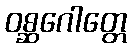
ဝစ္ဆဂေါတ္တေ